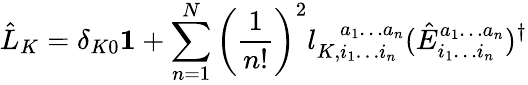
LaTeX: \hat{L}_{K}=\delta_{K0}\mathbf{1}+\sum_{n=1}^{N}\left(\frac{1}{n!}\right)^{2}l_{K,i_{1}\ldots i_{n}}^{\phantom{K,}a_{1}\ldots a_{n}}(\hat{E}_{i_{1}\ldots i_{n}}^{a_{1}\ldots a_{n}})^{\dagger}